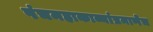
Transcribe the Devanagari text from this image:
पंचमहाकाव्यांप्रमाणेच